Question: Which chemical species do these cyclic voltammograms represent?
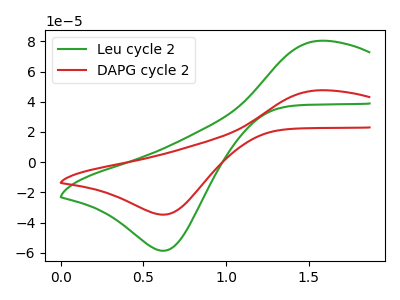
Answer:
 <answer>The green curve is labeled "Leu cycle 2". The red curve is labeled "DAPG cycle 2".</answer>
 <eval></eval>